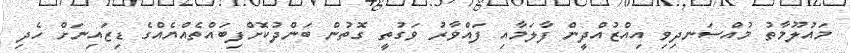
މައުލޫމާތު މުއްސަނދިވި އިއްޒުއްދީން ފާލަމާއި ފައްވާރު ވަގުތީ ގޮތުން ބަންދުކޮށްފިބައްތެއްޔެއްގެ ޑިޒައިނަށް ހެދި